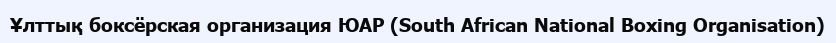
Ұлттық боксёрская организация ЮАР (South African National Boxing Organisation)